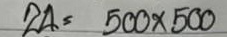
24 = 500 x 500